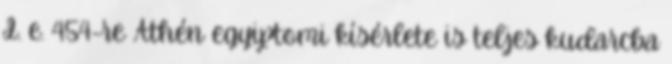
I. e. 454-re Athén egyiptomi kísérlete is teljes kudarcba